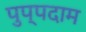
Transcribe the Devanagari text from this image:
पुप्पदाम